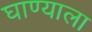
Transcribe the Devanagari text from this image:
घाण्याला